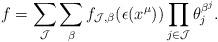
LaTeX: \begin{align*}f=\sum_{\mathcal{J}} \sum_{\beta} f_{\mathcal{J},\beta}(\epsilon(x^{\mu})) \prod_{j \in \mathcal{J}} \theta_j^{\beta^j}.\end{align*}